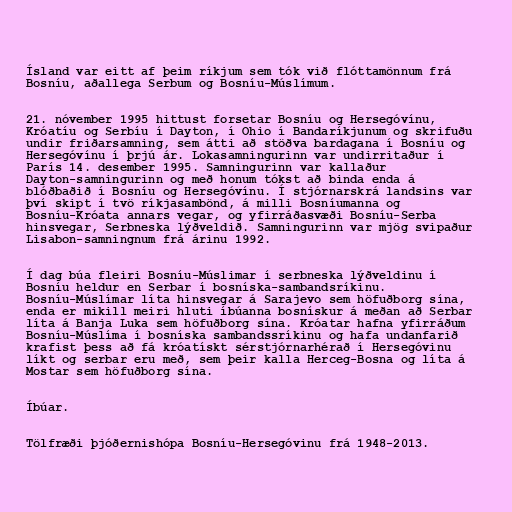
Ísland var eitt af þeim ríkjum sem tók við flóttamönnum frá
Bosníu, aðallega Serbum og Bosníu-Múslímum.

21. nóvember 1995 hittust forsetar Bosníu og Hersegóvínu,
Króatíu og Serbíu í Dayton, í Ohio í Bandaríkjunum og skrifuðu
undir friðarsamning, sem átti að stöðva bardagana í Bosníu og
Hersegóvínu í þrjú ár. Lokasamningurinn var undirritaður í
París 14. desember 1995. Samningurinn var kallaður
Dayton-samningurinn og með honum tókst að binda enda á
blóðbaðið í Bosníu og Hersegóvínu. Í stjórnarskrá landsins var
því skipt í tvö ríkjasambönd, á milli Bosníumanna og
Bosníu-Króata annars vegar, og yfirráðasvæði Bosníu-Serba
hinsvegar, Serbneska lýðveldið. Samningurinn var mjög svipaður
Lisabon-samningnum frá árinu 1992.

Í dag búa fleiri Bosníu-Múslimar í serbneska lýðveldinu í
Bosníu heldur en Serbar í bosníska-sambandsríkinu.
Bosníu-Múslímar líta hinsvegar á Sarajevo sem höfuðborg sína,
enda er mikill meiri hluti íbúanna bosnískur á meðan að Serbar
líta á Banja Luka sem höfuðborg sína. Króatar hafna yfirráðum
Bosníu-Múslíma í bosníska sambandssríkinu og hafa undanfarið
krafist þess að fá króatískt sérstjórnarhérað í Hersegóvinu
líkt og serbar eru með, sem þeir kalla Herceg-Bosna og líta á
Mostar sem höfuðborg sína.

Íbúar.

Tölfræði þjóðernishópa Bosníu-Hersegóvinu frá 1948-2013.